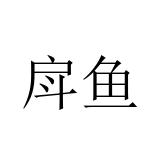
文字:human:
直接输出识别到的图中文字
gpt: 戽鱼